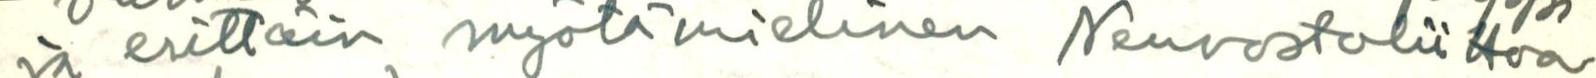
ja erittäin myötämielinen Neuvostoliittoa